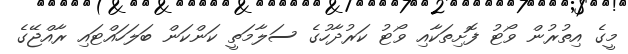
މީގެ އިތުރުން ވޯޓު ފޮށިތަކާއި ވޯޓު ކަރުދާހުގެ ސަލާމަތީ ކަންކަން ބަލަހައްޓައި ރާއްޖޭގެ